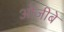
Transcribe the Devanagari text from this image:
ओजीबे